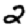
Digit: 2